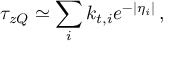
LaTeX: \tau _ { z Q } \simeq \sum _ { i } k _ { t , i } e ^ { - | \eta _ { i } | } \, ,